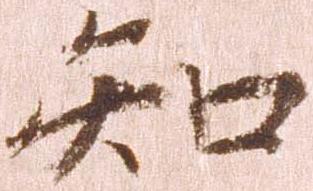
知